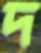
দ